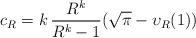
LaTeX: \begin{align*}c_R=k\,\frac{R^k}{R^k-1}(\sqrt\pi-\upsilon_R(1))\end{align*}